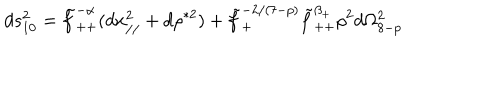
LaTeX: d s _ { 1 0 } ^ { 2 } = \tilde { f } _ { + + } ^ { - \alpha } ( d x _ { / / } ^ { 2 } + d \rho ^ { * 2 } ) + \tilde { f } _ { + } ^ { - 2 / ( 7 - p ) } \tilde { f } _ { + + } ^ { \beta _ { + } } \rho ^ { 2 } d \Omega _ { 8 - p } ^ { 2 }